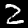
Label: 2